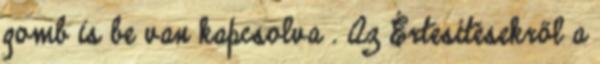
gomb is be van kapcsolva . Az Értesítésekről a